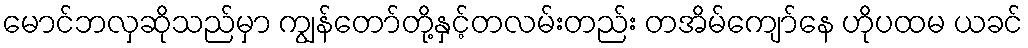
မောင်ဘလှဆိုသည်မှာ ကျွန်တော်တို့နှင့်တလမ်းတည်း တအိမ်ကျော်နေ ဟိုပထမ ယခင်